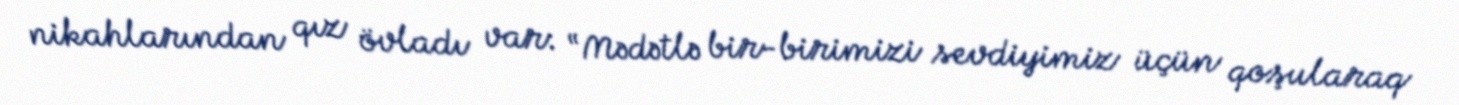
nikahlarından qız övladı var: “Mədətlə bir-birimizi sevdiyimiz üçün qoşularaq